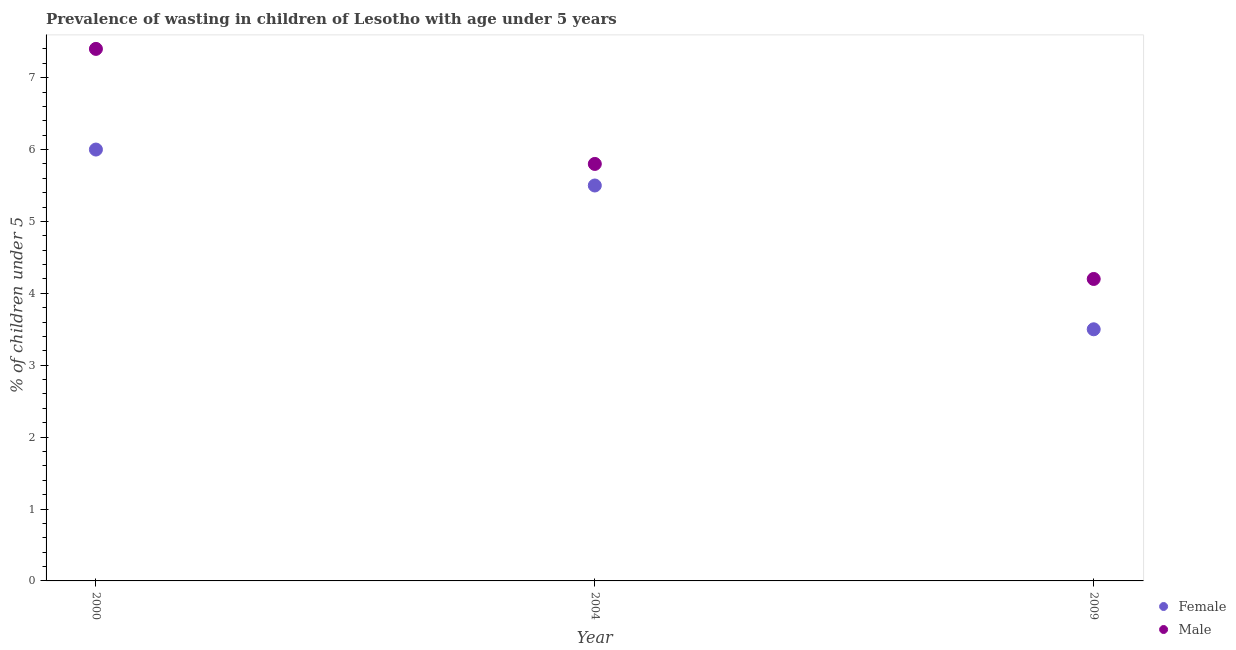
| Year | Female | Male |
 | --- | --- | --- |
 | 2000 | 6 | 7.4 |
 | 2004 | 5.5 | 5.8 |
 | 2009 | 3.5 | 4.2 |